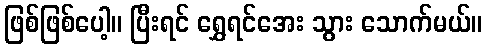
ဖြစ်ဖြစ်ပေါ့။ ပြီးရင် ရွှေရင်အေး သွား သောက်မယ်။